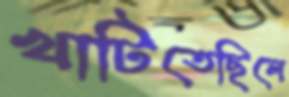
খাটিতেছিলে